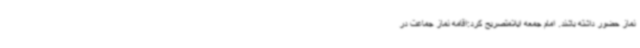
نماز حضور داشته باشند. امام جمعه ایلامتصریح کرد:اقامه نماز جماعت در